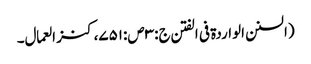
(السنن الواردة فی الفتن ج:۳ص:۷۵۱،کنز العمال۔